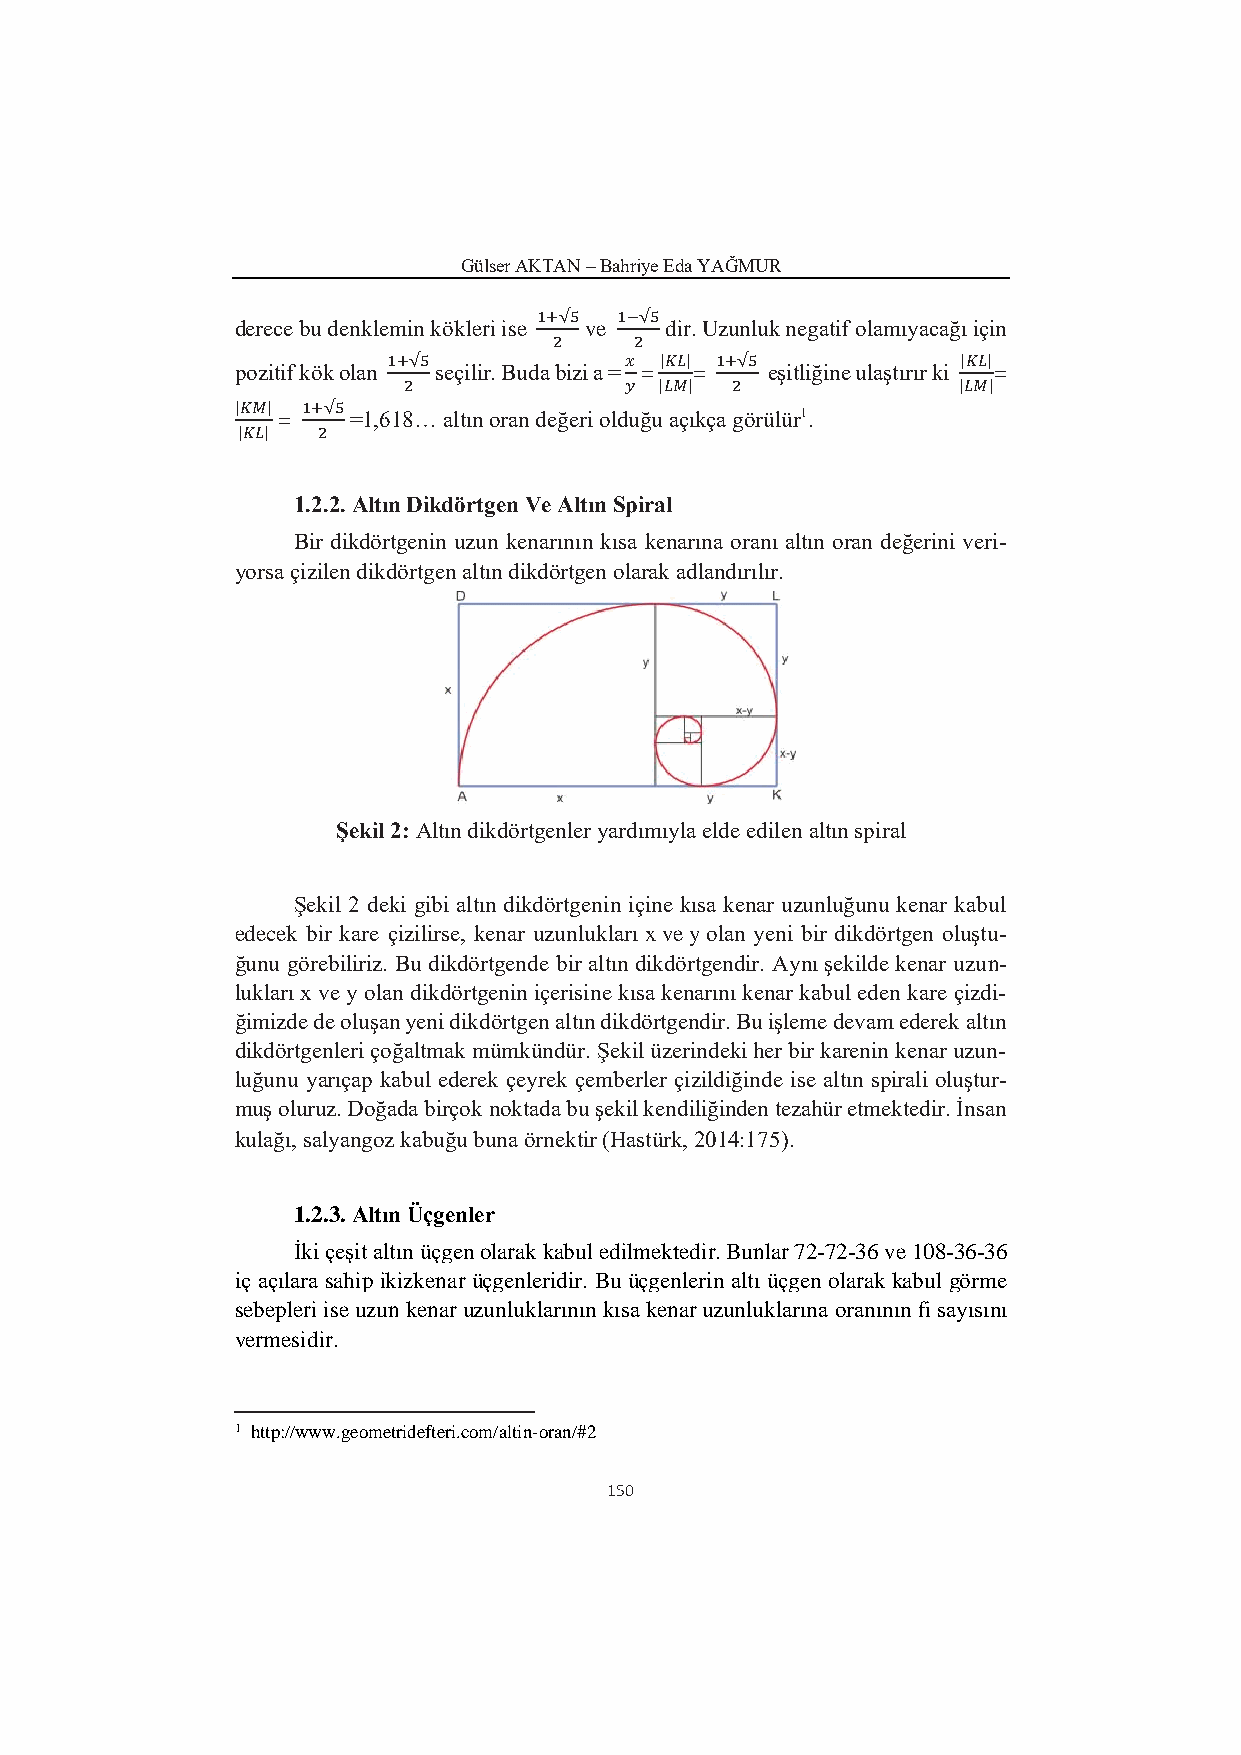
Gülser AKTAN – Bahriye Eda YAĞMUR
 1+√5 1−√5
 derece bu denklemin kökleri ise ve dir. Uzunluk negatif olamıyacağı için
 2    2
 1+√5           𝑥  |𝐾𝐿| 1+√5           |𝐾𝐿|
 pozitif kök olan seçilir. Buda bizi a = = = eşitliğine ulaştırır ki =
 2             𝑦  |𝐿𝑀| 2             |𝐿𝑀|
 |𝐾𝑀| = 1+√5 =1,618… altın oran değeri olduğu açıkça görülür1.
 |𝐾𝐿| 2
 1.2.2. Altın Dikdörtgen Ve Altın Spiral
 Bir dikdörtgenin uzun kenarının kısa kenarına oranı altın oran değerini veri-
 yorsa çizilen dikdörtgen altın dikdörtgen olarak adlandırılır.
 Şekil 2: Altın dikdörtgenler yardımıyla elde edilen altın spiral
 Şekil 2 deki gibi altın dikdörtgenin içine kısa kenar uzunluğunu kenar kabul
 edecek bir kare çizilirse, kenar uzunlukları x ve y olan yeni bir dikdörtgen oluştu-
 ğunu görebiliriz. Bu dikdörtgende bir altın dikdörtgendir. Aynı şekilde kenar uzun-
 lukları x ve y olan dikdörtgenin içerisine kısa kenarını kenar kabul eden kare çizdi-
 ğimizde de oluşan yeni dikdörtgen altın dikdörtgendir. Bu işleme devam ederek altın
 dikdörtgenleri çoğaltmak mümkündür. Şekil üzerindeki her bir karenin kenar uzun-
 luğunu yarıçap kabul ederek çeyrek çemberler çizildiğinde ise altın spirali oluştur-
 muş oluruz. Doğada birçok noktada bu şekil kendiliğinden tezahür etmektedir. İnsan
 kulağı, salyangoz kabuğu buna örnektir (Hastürk, 2014:175).
 1.2.3. Altın Üçgenler
 İki çeşit altın üçgen olarak kabul edilmektedir. Bunlar 72-72-36 ve 108-36-36
 iç açılara sahip ikizkenar üçgenleridir. Bu üçgenlerin altı üçgen olarak kabul görme
 sebepleri ise uzun kenar uzunluklarının kısa kenar uzunluklarına oranının fi sayısını
 vermesidir.
 1 http://www.geometridefteri.com/altin-oran/#2
 150